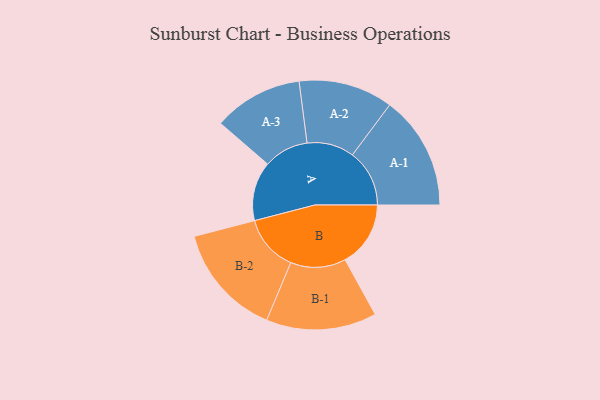
{"axis": {"x": "Segment", "y": "Value"}, "legend": ["", "A", "B"], "data": [{"x": "A", "y": 295, "type": ""}, {"x": "B", "y": 326, "type": ""}, {"x": "A-1", "y": 284, "type": "A"}, {"x": "A-2", "y": 235, "type": "A"}, {"x": "A-3", "y": 223, "type": "A"}, {"x": "B-1", "y": 275, "type": "B"}, {"x": "B-2", "y": 281, "type": "B"}]}